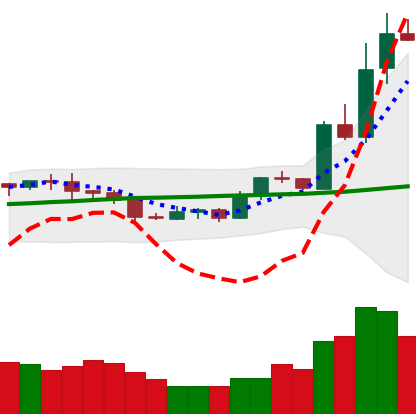
Ticker: LTC-USD
Chart end date: 2020-07-29
Forward return: 5.976%
Label: up_5_7